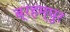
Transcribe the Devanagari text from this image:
ब्रहम्पुर